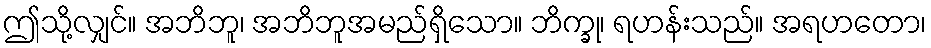
ဤသို့လျှင်။ အဘိဘူ၊ အဘိဘူအမည်ရှိသော။ ဘိက္ခု၊ ရဟန်းသည်။ အရဟတော၊